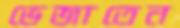
ভেজাতেন